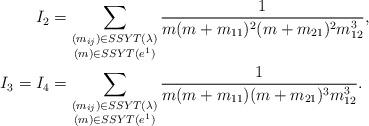
LaTeX: \begin{align*} I_2&=\sum_{\substack{(m_{ij})\in SSYT(\lambda)\\ (m)\in SSYT(e^1)}}\frac{1}{m(m+m_{11})^2(m+m_{21})^2m_{12}^{3}},\\ I_3=I_4&=\sum_{\substack{(m_{ij})\in SSYT(\lambda)\\ (m)\in SSYT(e^1)}}\frac{1}{m(m+m_{11})(m+m_{21})^3m_{12}^{3}}.\end{align*}